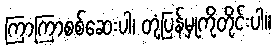
ကြာကြာစစ်ဆေးပါ၊ တုံ့ပြန်မှုကိုတိုင်းပါ။